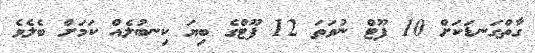
ގާތްގަނޑަކަށް 10 ފޫޓް ނުވަތަ 12 ފޫޓްގެ ބިޔަ ކިނބުލެއް ކަމަށް ބެލެވެ